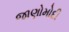
જાણોમોદી